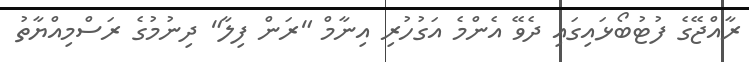
ރާއްޖޭގެ ފުޓުބޯޅައިގައި ދެވޭ އެންމެ އަގުހުރި އިނާމް "ރަން ފިލާ" ދިނުމުގެ ރަސްމިއްޔާތު